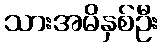
သားအမိနှစ်ဦး